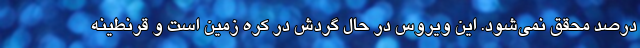
درصد محقق نمی‌شود. این ویروس در حال گردش در کره زمین است و قرنطینه